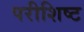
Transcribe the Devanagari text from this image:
परीशिष्ट